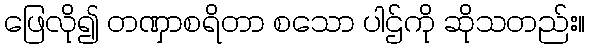
ဖြေလို၍ တဏှာစရိတာ စသော ပါဌ်ကို ဆိုသတည်း။